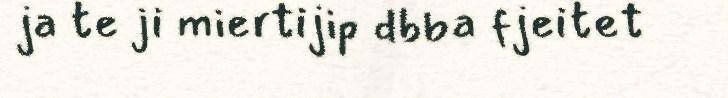
ja te ji miertijip dbba fjeitet